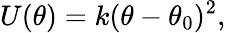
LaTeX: U(\theta)=k(\theta-\theta_{0})^{2},